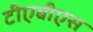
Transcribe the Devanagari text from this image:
टीएबीएस